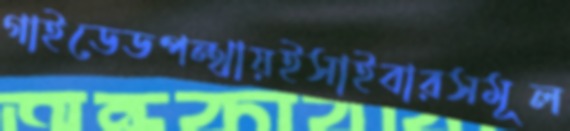
গাইডেডপন্থায়ইসাইবারসমূল